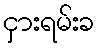
ငှားရမ်းခ